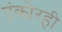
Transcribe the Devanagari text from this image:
एंकोरही